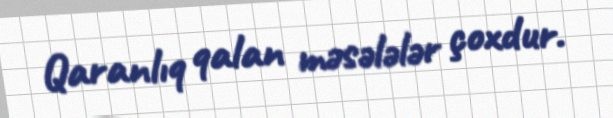
Qaranlıq qalan məsələlər çoxdur.